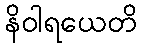
နိဝါရယေတိ